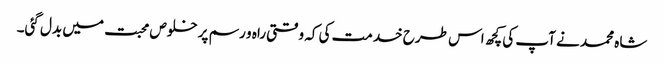
شاہ محمد نے آپ کی کچھ اس طرح خدمت کی کہ وقتی راہ و رسم پر خلوص محبت میں بدل گئی۔